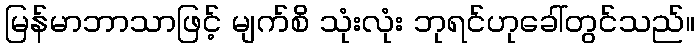
မြန်မာဘာသာဖြင့် မျက်စိ သုံးလုံး ဘုရင်ဟုခေါ်တွင်သည်။